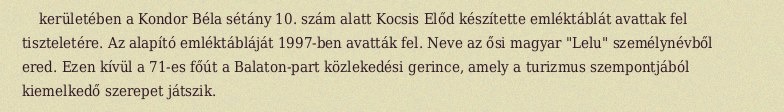
kerületében a Kondor Béla sétány 10. szám alatt Kocsis Előd készítette emléktáblát avattak fel tiszteletére. Az alapító emléktábláját 1997-ben avatták fel. Neve az ősi magyar "Lelu" személynévből ered. Ezen kívül a 71-es főút a Balaton-part közlekedési gerince, amely a turizmus szempontjából kiemelkedő szerepet játszik.